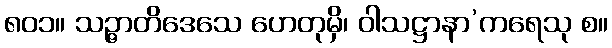
၈၀၁။ သဉ္ဇာတိဒေသေ ဟေတုမှိ၊ ဝါသဋ္ဌာနာ’ကရေသု စ။